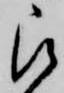
被